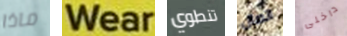
ماذا Wear تنطوي اتصال داخلى